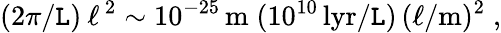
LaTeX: (2\pi/\mathtt{L})\: \ell^{\, 2}\sim10^{-25}\, \mathrm{{m}}\; (10^{10}\, \mathrm{{lyr}}/\mathtt{L})\, (\ell/\mathrm{{m}})^{2}\; ,